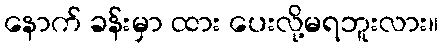
နောက် ခန်းမှာ ထား ပေးလို့မရဘူးလား။